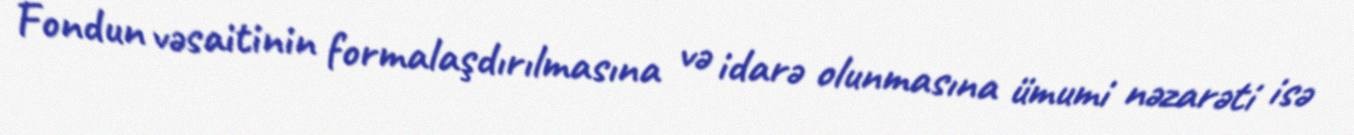
Fondun vəsaitinin formalaşdırılmasına və idarə olunmasına ümumi nəzarəti isə